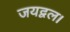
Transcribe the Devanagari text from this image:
जयद्वल।